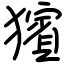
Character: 獱